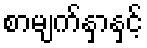
စာမျက်နှာနှင့်